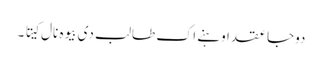
دوجا عقد اوہنے اک طالب دی بیوہ نال کیتا ۔